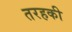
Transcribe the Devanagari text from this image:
तरहकी